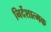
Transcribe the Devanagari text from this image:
निर्देशात्‍मक